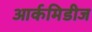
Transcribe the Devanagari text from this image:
आर्कमिडीज